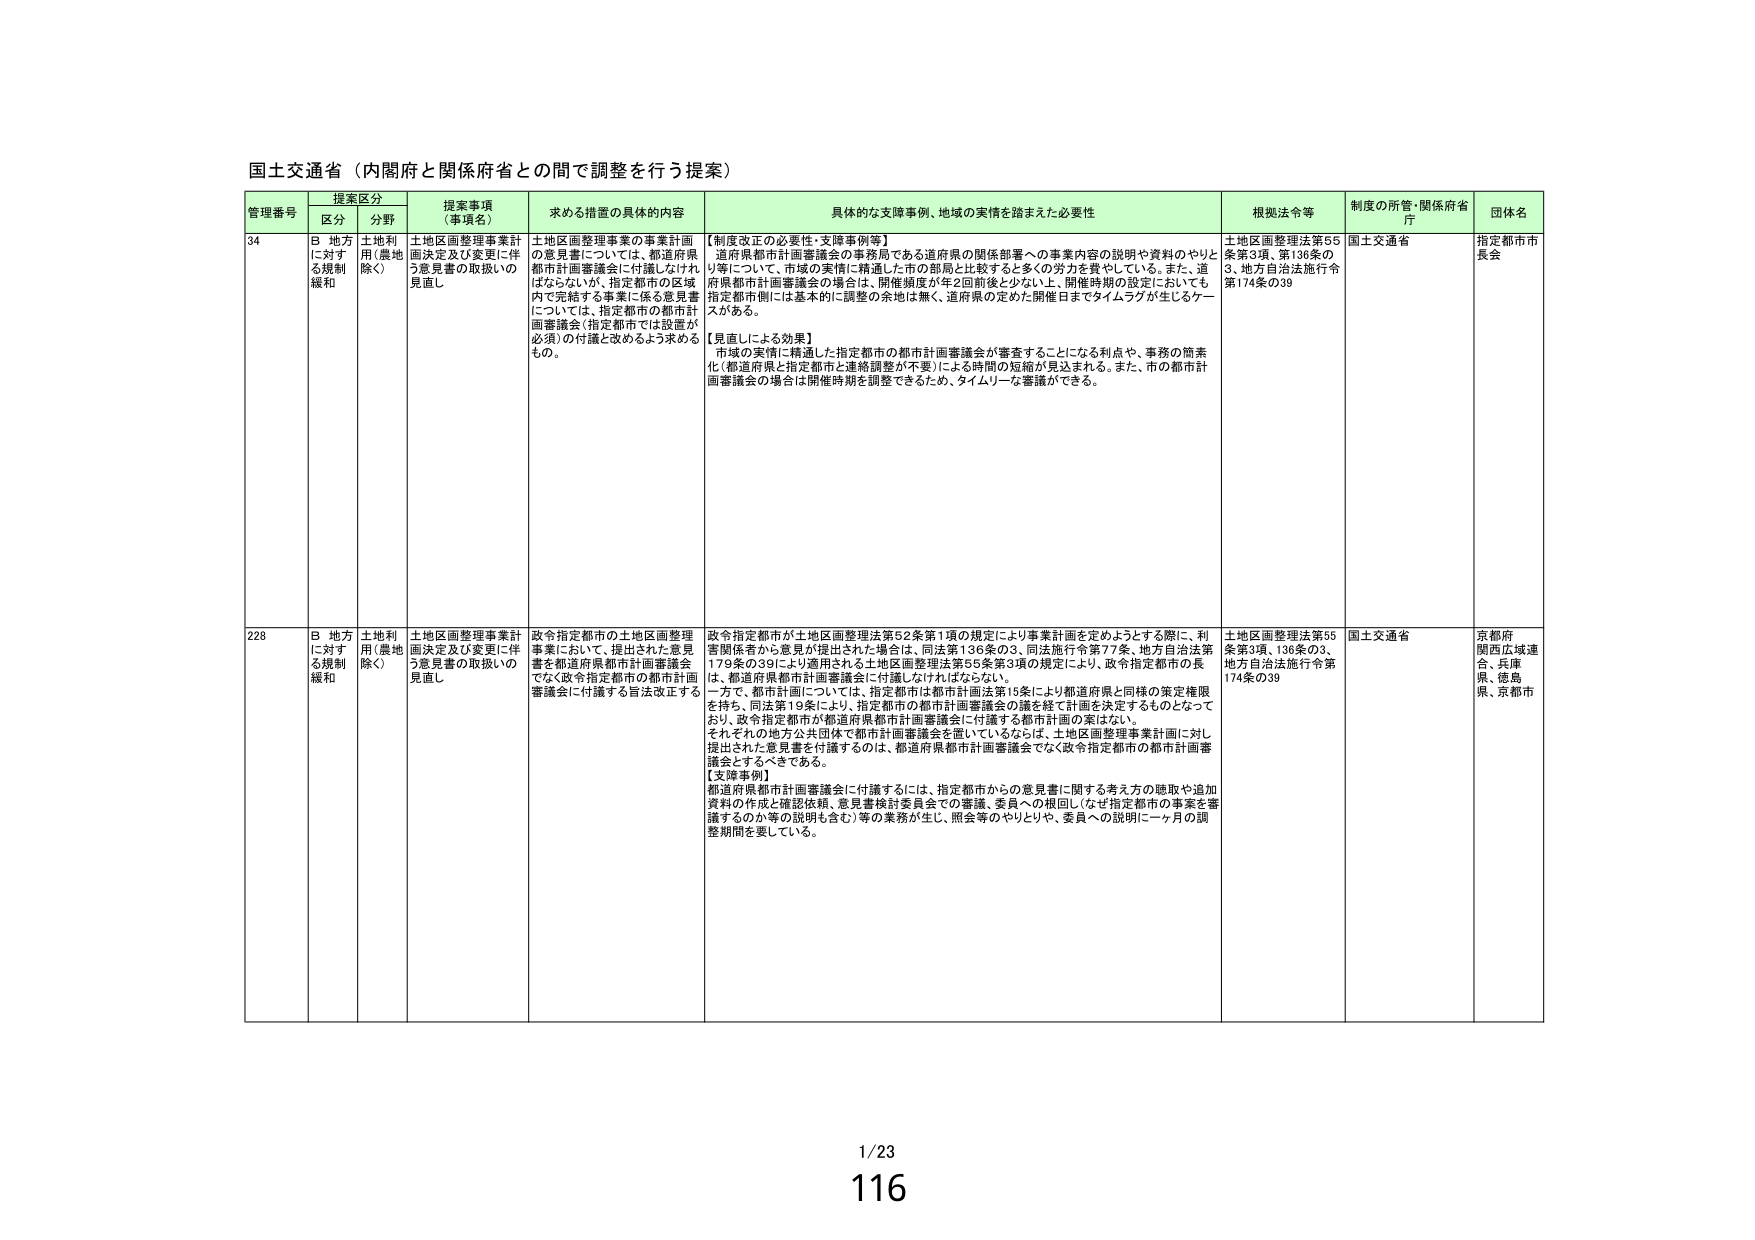
国土交通省（内閣府と関係府省との間で調整を行う提案）

管理番号 提案区分 提案事項（事項名） 求める措置の具体的内容 具体的な支援事例、地域の実情を踏まえた必要性 根拠法令等 制度の所管・関係府省庁 団体名
区分 分野
34 B 地方に対する規制緩和 土地利用（農地除く） 土地区画整理事業計画決定及び変更に伴う意見書の取扱いの見直し 土地区画整理事業の事業計画の意見書については、都道府県都市計画審議会に付議しなければならないが、指定都市の区域内で完結する事業に係る意見書については、指定都市の都市計画審議会（指定都市では設置が必須）の付議と改めるよう求めるもの。 【制度改正の必要性・支援事例等】
道府県都市計画審議会の事務局である道府県の関係部署への事業内容の説明や資料のやりとり等について、市域の実情に精通した市の部局と比較すると多くの労力を費やしている。また、道府県都市計画審議会の場合は、開催頻度が年2回前後と少ない上、開催時期の設定においても指定都市側には基本的に調整の余地は無く、道府県の定めた開催日までタイムラグが生じるケースがある。
【見直しによる効果】
市域の実情に精通した指定都市の都市計画審議会が審査することになる利点や、事務の簡素化（都道府県と指定都市と連絡調整が不要）による時間の短縮が見込まれる。また、市の都市計画審議会の場合は開催時期を調整できるため、タイムリーな審議ができる。 土地区画整理法第55条第3項、第136条の3、地方自治法施行令第174条の39 国土交通省 指定都市市長会
228 B 地方に対する規制緩和 土地利用（農地除く） 土地区画整理事業計画決定及び変更に伴う意見書の取扱いの見直し 政令指定都市の土地区画整理事業において、提出された意見書を都道府県都市計画審議会でなく政令指定都市の都市計画審議会に付議する旨法改正する 政令指定都市が土地区画整理法第52条第1項の規定により事業計画を定めようとする際に、利害関係者から意見が提出された場合は、同法第136条の3、同法施行令第77条、地方自治法第179条の39により適用される土地区画整理法第56条第3項の規定により、政令指定都市の長は、都道府県都市計画審議会に付議しなければならない。
一方で、都市計画については、指定都市は都市計画法第15条により都道府県と同様の策定権限を持ち、同法第19条により、指定都市の都市計画審議会の議を経て計画を決定するものとなっており、政令指定都市が都道府県都市計画審議会に付議する都市計画の案はない。
それぞれの地方公共団体で都市計画審議会を置いているならば、土地区画整理事業計画に対し提出された意見書を付議するのは、都道府県都市計画審議会でなく政令指定都市の都市計画審議会とするべきである。
【支援事例】
都道府県都市計画審議会に付議するには、指定都市からの意見書に関する考え方の聴取や追加資料の作成と確認依頼、意見書検討委員会での審議、委員への根回し（なぜ指定都市の事業を審議するのか等の説明も含む）等の業務が生じ、照会等のやりとりや、委員への説明に一ヶ月の調整期間を要している。 土地区画整理法第55条第3項、136条の3、地方自治法施行令第174条の39 国土交通省 京都府、関西広域連合、兵庫県、徳島県、京都市

1/23
116